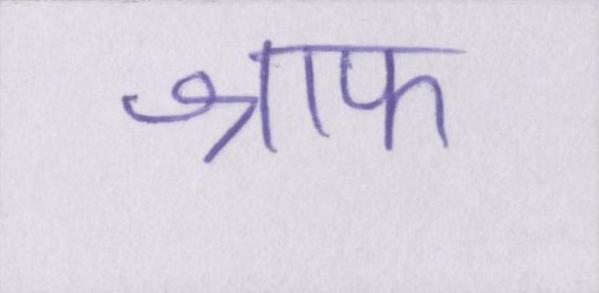
श्राफ